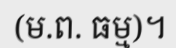
(ម.ព. ធម្ម)។